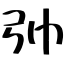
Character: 𢎭